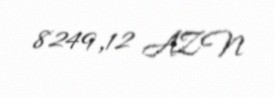
8249,12 AZN